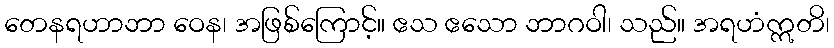
တေနရဟာဘာ ဝေန၊ အဖြစ်ကြောင့်။ ဧသ ဧသော ဘာဂဝါ၊ သည်။ အရဟံဣတိ၊